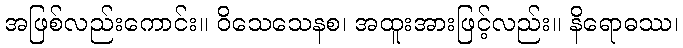
အဖြစ်လည်းကောင်း။ ဝိသေသေနစ၊ အထူးအားဖြင့်လည်း။ နိရောဓဿ၊